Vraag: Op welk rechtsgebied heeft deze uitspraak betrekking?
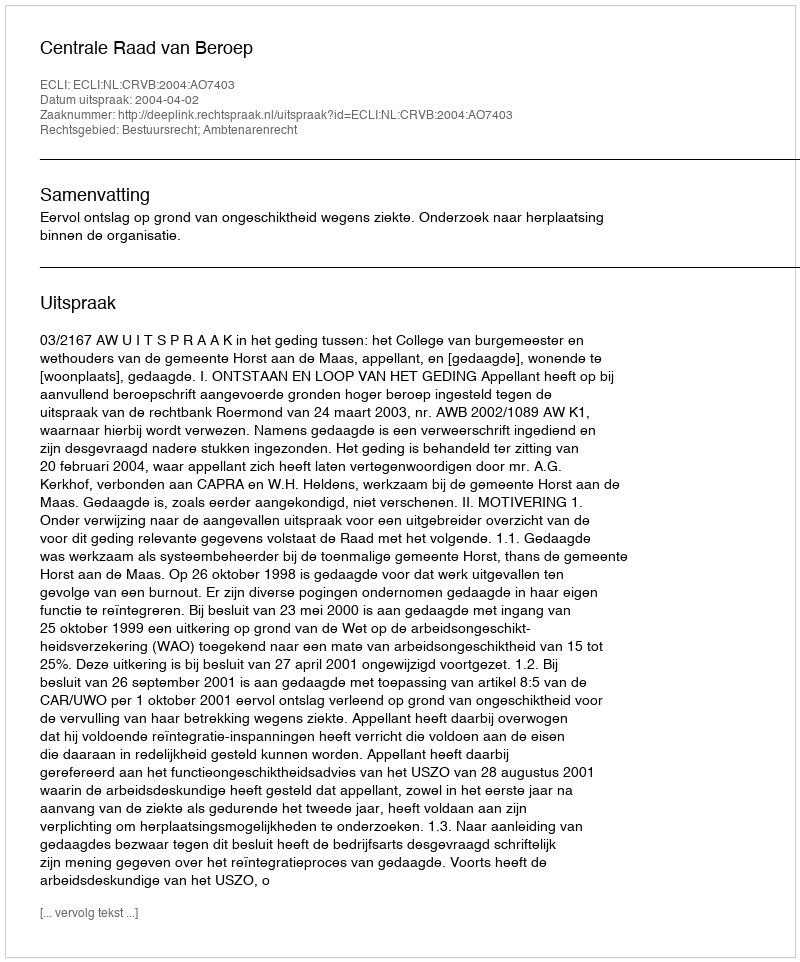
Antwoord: Bestuursrecht; Ambtenarenrecht